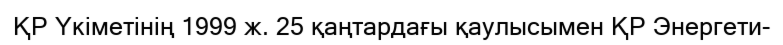
ҚР Үкіметінің 1999 ж. 25 қаңтардағы қаулысымен ҚР Энергети-